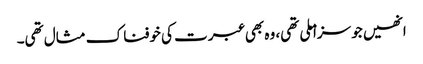
انھیں جو سزا ملی تھی، وہ بھی عبرت کی خوفناک مثال تھی۔